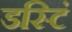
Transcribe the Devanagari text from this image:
डस्टिं